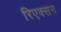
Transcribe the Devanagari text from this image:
रिएक्सन